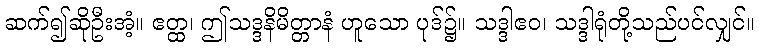
ဆက်၍ဆိုဦးအံ့။ ဧတ္ထ၊ ဤသဒ္ဒနိမိတ္တာနံ ဟူသော ပုဒ်၌။ သဒ္ဒါဧဝ၊ သဒ္ဒါရုံတို့သည်ပင်လျှင်။